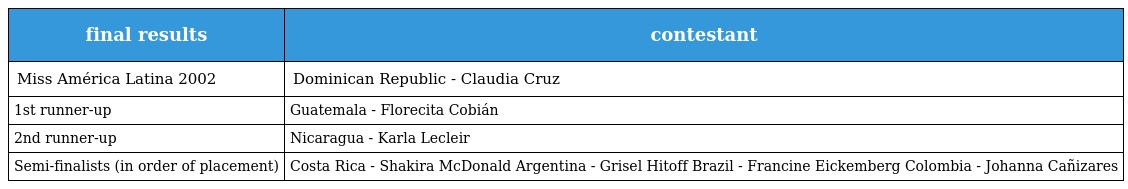
| final results | contestant |
 | --- | --- |
 | Miss América Latina 2002 | Dominican Republic - Claudia Cruz |
 | 1st runner-up | Guatemala - Florecita Cobián |
 | 2nd runner-up | Nicaragua - Karla Lecleir |
 | Semi-finalists (in order of placement) | Costa Rica - Shakira McDonald Argentina - Grisel Hitoff Brazil - Francine Eickemberg Colombia - Johanna Cañizares |